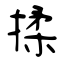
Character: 揉